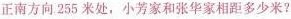
正南方向。255米处，小芳家和张华家相距多少米？